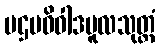
ပဌမဝိဝါဒမူလသုတ္တံ